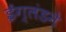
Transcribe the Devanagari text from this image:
ईंग्लंडने